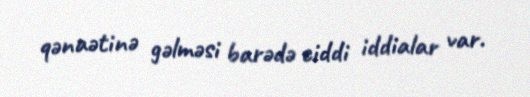
qənaətinə gəlməsi barədə ciddi iddialar var.